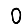
Digit: 0